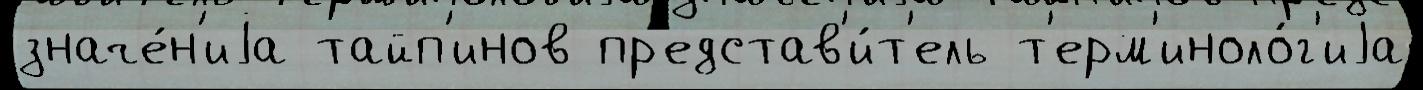
значе́н'иjа тайп'инов пр'едстав'и́т'ель т'ерм'иноло́г'иjа